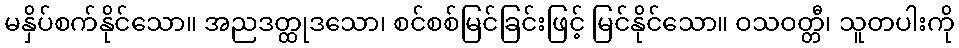
မနှိပ်စက်နိုင်သော။ အညဒတ္ထုဒသော၊ စင်စစ်မြင်ခြင်းဖြင့် မြင်နိုင်သော။ ဝသဝတ္တီ၊ သူတပါးကို